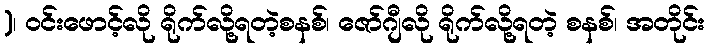
)၊ ဝင်းဖောင့်လို ရိုက်လို့ရတဲ့စနစ်၊ ဇော်ဂျီလို ရိုက်လို့ရတဲ့ စနစ်၊ အတိုင်း